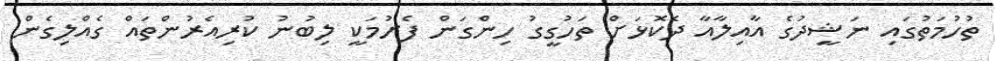
ތުހުމަތުގައި ނަޝީދުގެ އާއިލާއާ ދެކޮޅަށް ތަހުގީގު ހިންގަން ފެށުމަކީ ލިބުނު ކުރިއެރުންތައް ގެއްލިގެން